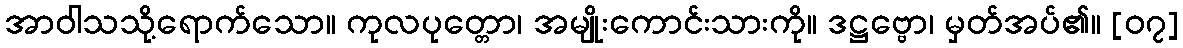
အာဝါသသို့ရောက်သော။ ကုလပုတ္တော၊ အမျိုးကောင်းသားကို။ ဒဋ္ဌဗ္ဗော၊ မှတ်အပ်၏။ [၀၇]